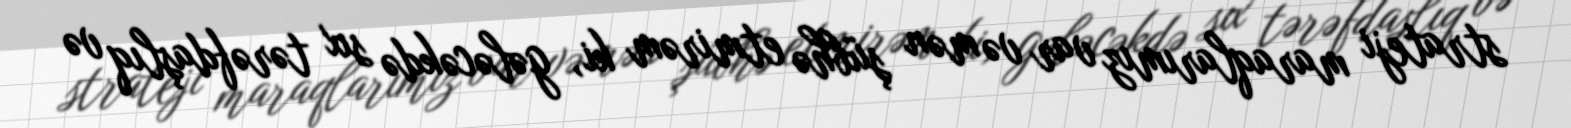
strateji maraqlarımız var və mən şübhə etmirəm ki, gələcəkdə sıx tərəfdaşlıq və